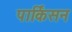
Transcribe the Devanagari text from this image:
पार्किसन